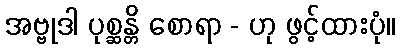
အဗ္ဗုဒါ ပုစ္ဆန္တိ စောရာ - ဟု ဖွင့်ထားပုံ။